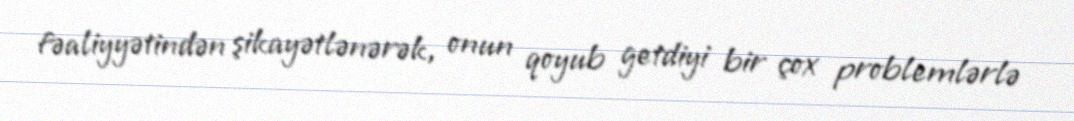
fəaliyyətindən şikayətlənərək, onun qoyub getdiyi bir çox problemlərlə